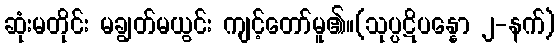
ဆုံးမတိုင်း မချွတ်မယွင်း ကျင့်တော်မူ၏။(သုပ္ပဋိပန္နော ၂-နက်)